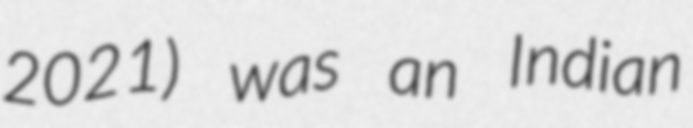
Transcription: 2021) was an Indian